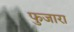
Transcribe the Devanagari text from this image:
फुजारा